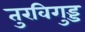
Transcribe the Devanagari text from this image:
तुरविगुड्ड